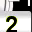
Digit: 2